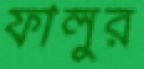
ফালুর